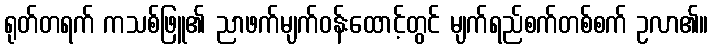
ရုတ်တရက် ကသစ်ဖြူ၏ ညာဖက်မျက်ဝန်းထောင့်တွင် မျက်ရည်စက်တစ်စက် ဥလာ၏။